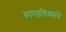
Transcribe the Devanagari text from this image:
कापडविक्याने